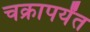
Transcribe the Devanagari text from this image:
चक्रापर्यंत